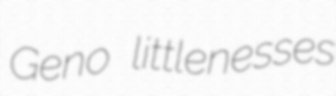
Geno littlenesses